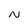
Character: N